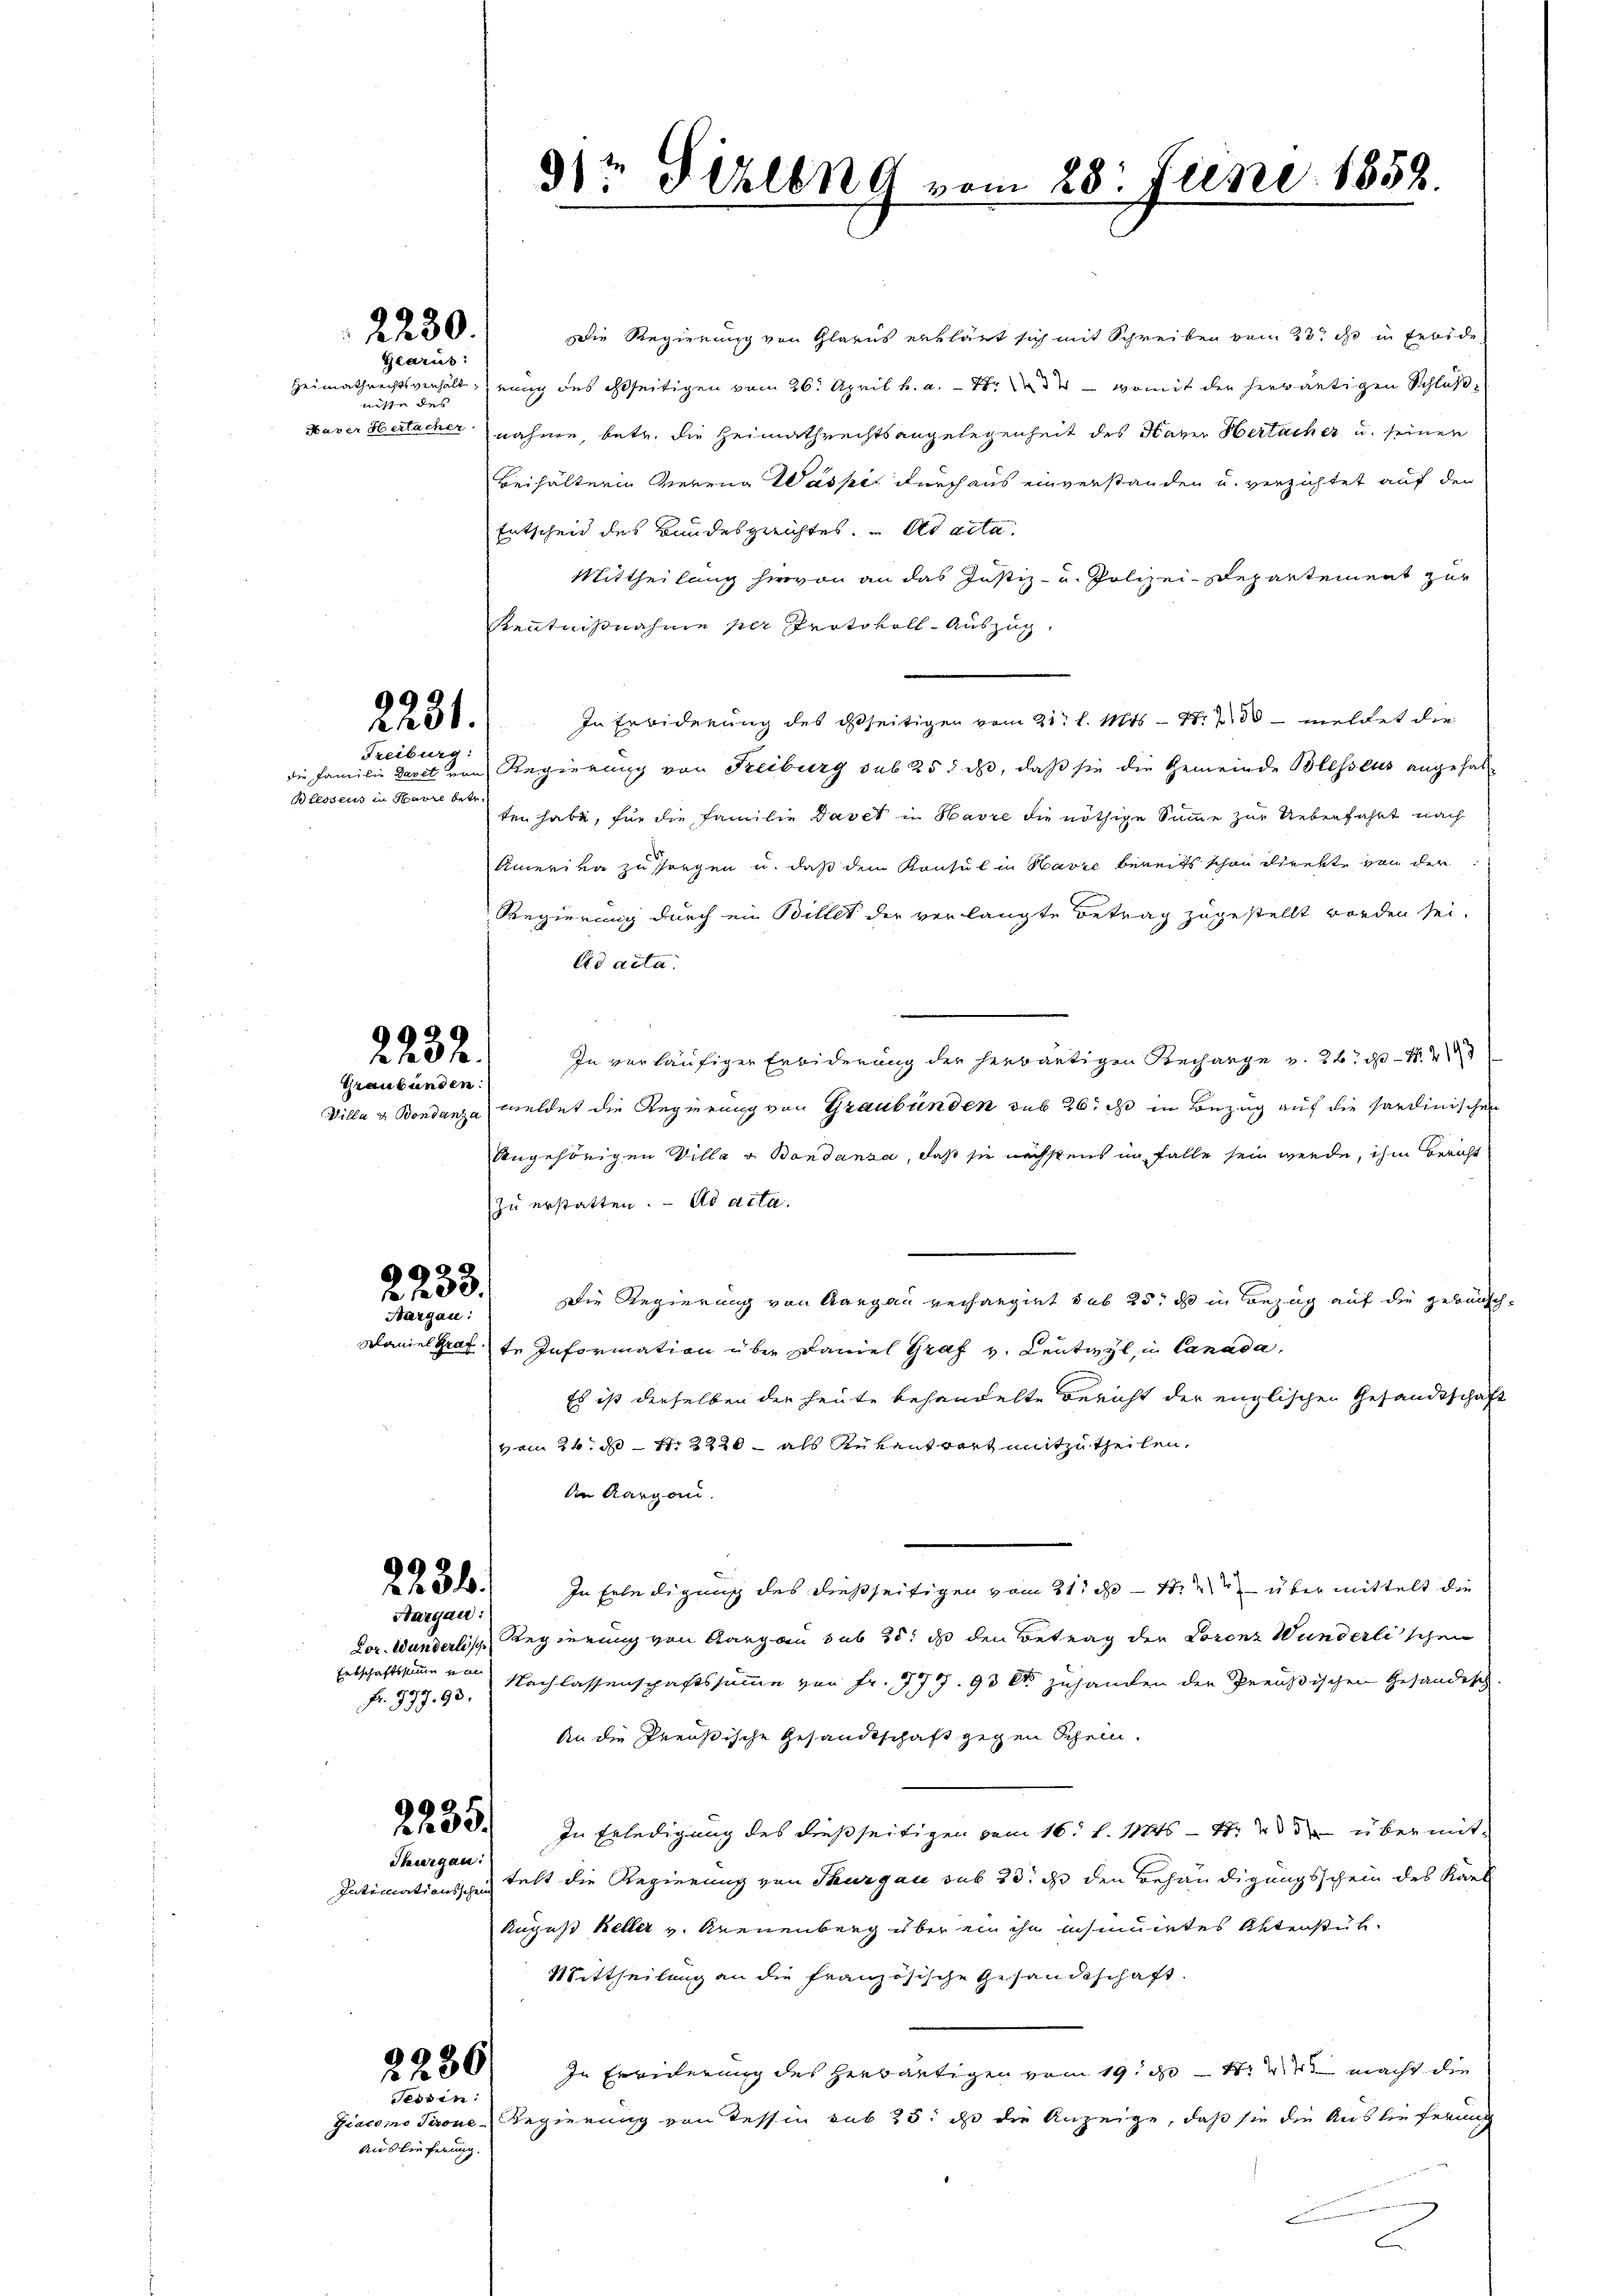
2230.
Glarus:

niste des

2231.
Freiburg:

Blessens in Satze betr.

2232.
Graubünden:

2233.
Aargau:

Hargau:

Fr. 997. 93.

Thurgau:
Intimationsschei

2230
Tessin:

Die Regierung von Glarus erklärt sich mit Schreiben vom 23t d in Erbsde
Heimathrechtsverhält, nung des ihtseitigen vom 26. April h. a. 1. womit der herwärtigen Schluß
Naver Hertacher nahme, betr. die Heimathrechtsangelegenheit des Haver Hertacher u. seinen
Beihälterin Verena Wasse durch aus einverstanden u. verzichtet auf den
Entscheid des Bundesgerichtes. ad acta
Mittheilung hievon an das Justiz- u. Polizei-Departement zur
Kenntnißnahme per Protokoll-Auszug.
In Erwiderung des dseitigen vom 21. l. Mts. - 4. 730 — meldet die
die Familie Davet von Regierung von Freiburg sub 25. ds, daß sie die Gemeinde Blesseus angehalten habe, für die Familie Davet in Havre die nöthige Summe zur Ueberfahrt nach
Amerika zu sorgen u. daß dem Konsul in Havre bereits schon direkte von der
Regierung durch ein Billet der verlangte Betrag zugestellt worden sei.
Ad acta.
.
In verläufigen Erbiderung der herbäutigen Rechange v. 24. d
Villa & Bondanza meldet die Regierung von Graubünden sub 26. ds in Bezug auf die Sardinischen
Angehörigen Villa v. Bondansa, daß sie nächstens in Falle sein werde, ihm Bericht
zu erstatten. - Ad acta.

Die Regierung von Aargau verhangirt sub 25: d in Bezug auf die gebausch¬
Waniel Gratte Information über Daniel Graf v. Leutwyl, in Canada,
Es ist derselben der heute behandelte Bericht der englischen Gesandtschaft
vom 24. d. 1. 3320 - als Reventwort mitzutheilen,
An Aargau.
23.) In Erledigung des dießseitigen vom 21. ds. - N. 2) über mittelt die
Lor. Wunderlische Regierung von Aargau sub 25. ds den Betrag der Lorenz Wunderlischen
Entschaftssumme von Nachlassenschaftssumme von Fr. 779. 90 dto zuhanden der Preußischen Gesandtsch
An die Preußische Gesandtschaft gegen Schein.
 50. In Erledigung des dießseitigen vom 16. d. 11846 - 4. 283 über mitteht die Regierung von Thurgau sub 20. ds den Behändigungsschein des Karl
Ruguß Keller v. Kreuenberg über ein ihn insinuirtes Aktenstuh
Mittheilung an die französische Gesandtschaft.
In Erwiderung des herwärtigen vom 19. d. 4. M. macht die
Giacomo Tirone Regierung von Tessin sub 25. ds die Anzeige, daß sie die Auslieferung
.

3) Fehlen 9 vom 28. Juni 1858.

Auslieferung.